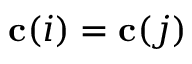
\mathbf { c } ( i ) = \mathbf { c } ( j )